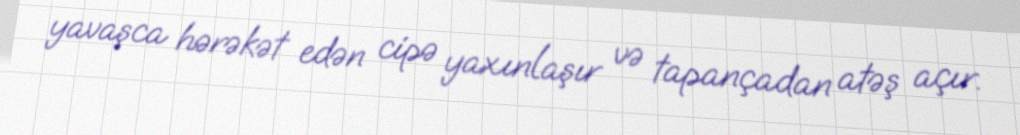
yavaşca hərəkət edən cipə yaxınlaşır və tapançadan atəş açır.